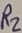
Text: R2